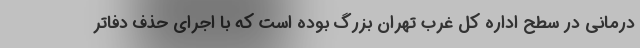
درمانی در سطح اداره کل غرب تهران بزرگ بوده است که با اجرای حذف دفاتر